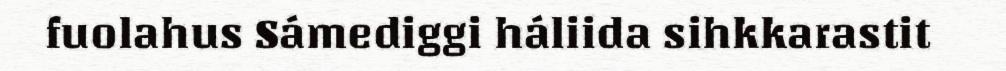
fuolahus Sámediggi háliida sihkkarastit